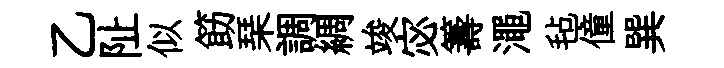
乙阯似筯琹調綢竣宓籌澠毡僮巽